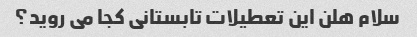
سلام هلن این تعطیلات تابستانی کجا می روید؟